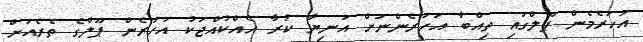
އަހަރެމެން ޕޫލްގައި ތިއްބާ އަހަރެންނަށް އަނިޔާ ކުރާ އެއްކުއްޖަކު އަހަރެން ޕޫލްގެ ތެރެއަށް